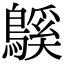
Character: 䳶